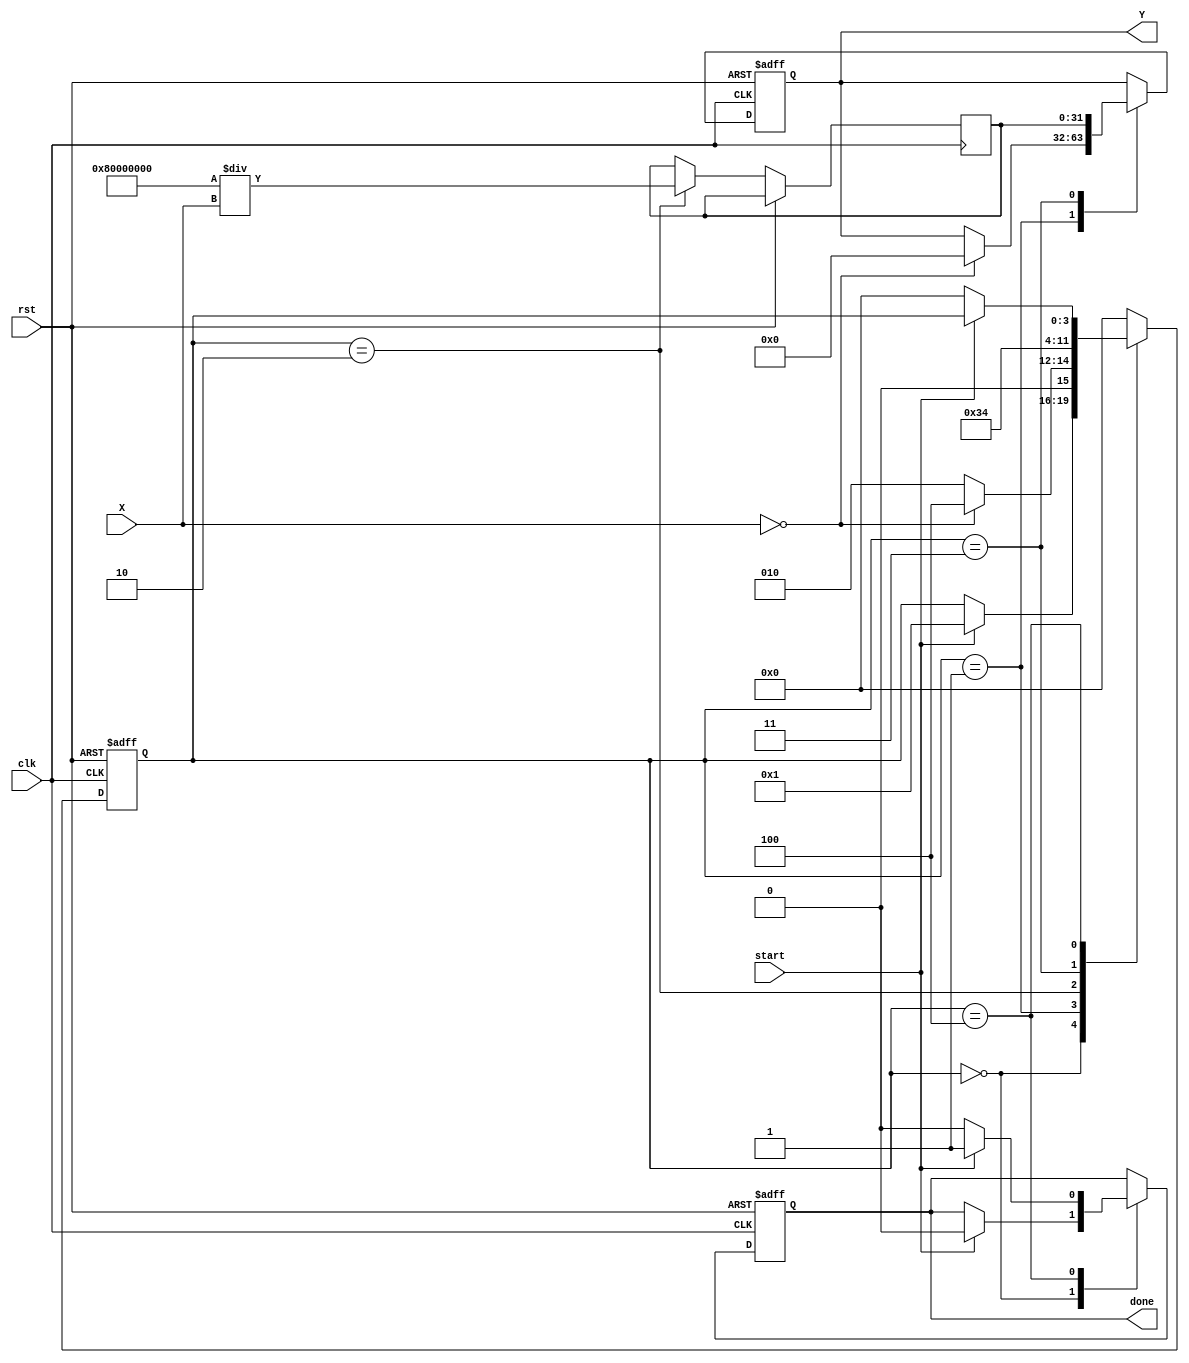
module DirectReciprocalUnit (
    input wire clk,
    input wire rst,
    input wire start,
    input wire [31:0] X,      // Input signal (32-bit fixed-point)
    output reg [31:0] Y,      // Reciprocal output (32-bit fixed-point)
    output reg done           // Done signal
);

    reg [31:0] temp_result;   // Temporary result for computation
    reg [3:0] state;          // State for FSM
    reg valid;                // Indicates if the input is valid

    localparam IDLE = 4'b0000,
               CHECK = 4'b0001,
               CALC = 4'b0010,
               POST_PROC = 4'b0011,
               DONE = 4'b0100;

    always @(posedge clk or posedge rst) begin
        if (rst) begin
            Y <= 32'b0;
            done <= 1'b0;
            state <= IDLE;
            valid <= 1'b0;
        end else begin
            case (state)
                IDLE: begin
                    if (start) begin
                        valid <= 1'b1;
                        state <= CHECK;
                        done <= 1'b0;
                    end
                end

                CHECK: begin
                    if (X == 32'b0) begin
                        // Handle zero case
                        Y <= 32'b0; // Return zero for reciprocal of zero
                        state <= DONE;
                    end else begin
                        // Proceed to calculation
                        state <= CALC;
                    end
                end

                CALC: begin
                    // Simple reciprocal approximation using bit inversion
                    // Note: This is a naive implementation; replace with a more complex algorithm if needed
                    temp_result <= (1 << 31) / X; // Approximate reciprocal
                    state <= POST_PROC;
                end

                POST_PROC: begin
                    // Normalize and round if necessary
                    // For simplicity, we will just assign the result directly
                    Y <= temp_result; // Assign computed reciprocal to output
                    state <= DONE;
                end

                DONE: begin
                    done <= 1'b1; // Signal that the computation is done
                    if (!start) begin
                        state <= IDLE; // Reset state if start signal is low
                        done <= 1'b0; // Clear done signal
                    end
                end

                default: state <= IDLE; // Safety state
            endcase
        end
    end
endmodule